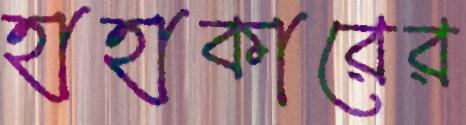
হাহাকারের